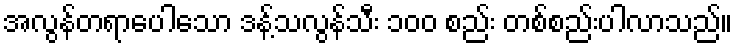
အလွန်တရာပေါသော ဒန့်သလွန်သီး ၁၀၀ စည်း တစ်စည်းပါလာသည်။